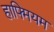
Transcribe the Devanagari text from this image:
हाफ्मियम